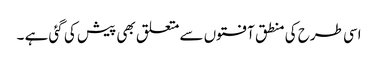
اسی طرح کی منطق آفتوں سے متعلق بھی پیش کی گئی ہے ۔